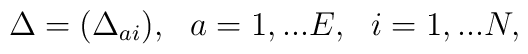
\Delta =(\Delta _{ai}), ~~a=1,...E, ~~i=1,...N,